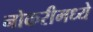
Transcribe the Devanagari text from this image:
नोकरीमध्ये